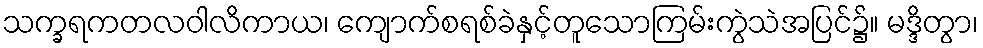
သက္ခရကတလဝါလိကာယ၊ ကျောက်စရစ်ခဲနှင့်တူသောကြမ်းကွဲသဲအပြင်၌။ မဒ္ဒိတွာ၊